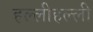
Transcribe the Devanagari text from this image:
हल्लीहल्ली